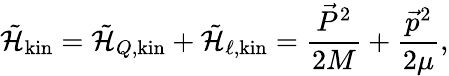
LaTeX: \tilde{\cal H}_{\mathrm{kin}}=\tilde{\cal H}_{Q,\mathrm{kin}}+\tilde{\cal H}_{\ell,\mathrm{kin}}={\frac{\vec{P}^{2}}{2M}}+{\frac{\vec{p}^{2}}{2\mu}},